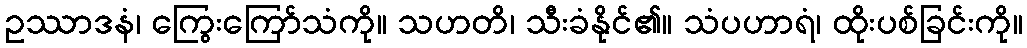
ဥဿာဒနံ၊ ကြွေးကြော်သံကို။ သဟတိ၊ သီးခံနိုင်၏။ သံပဟာရံ၊ ထိုးပစ်ခြင်းကို။